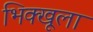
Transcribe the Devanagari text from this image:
भिक्खूला